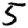
Digit: 5